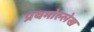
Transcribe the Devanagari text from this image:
प्रथमोल्लेख